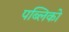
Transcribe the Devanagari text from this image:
पब्लिको